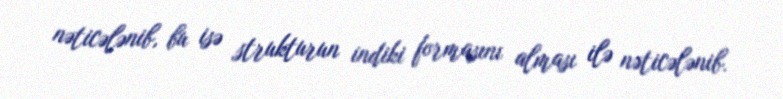
nəticələnib, bu isə strukturun indiki formasını alması ilə nəticələnib.